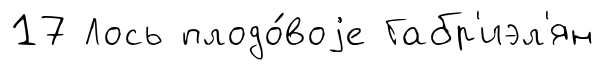
17 Лось плодо́воjе Габр'иэл'ян